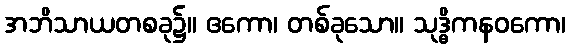
အဘိသာယတစခု၌။ ဧကော၊ တစ်ခုသော။ သုဒ္ဓိကနဝကော၊